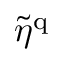
\tilde { \eta } ^ { \mathrm { q } }